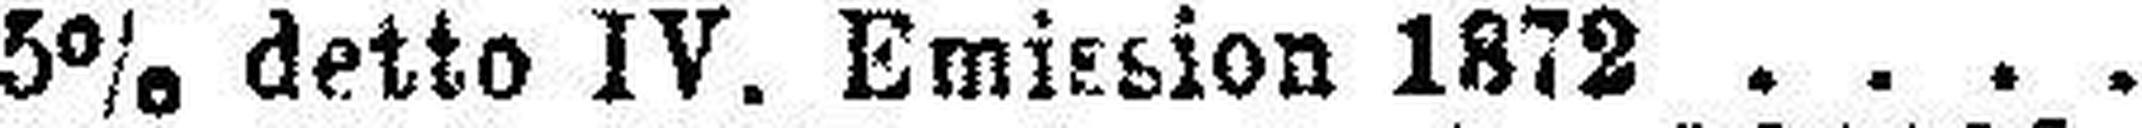
5% detto IV. Emission 1872